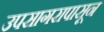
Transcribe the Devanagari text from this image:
उपसागरापासून